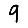
Digit: 9